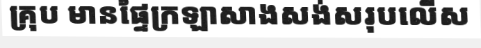
គ្រុប មានផ្ទៃក្រឡាសាងសង់សរុបលើស